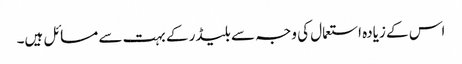
اس کے زیادہ استعمال کی وجہ سے بلیڈر کے بہت سے مسائل ہیں۔